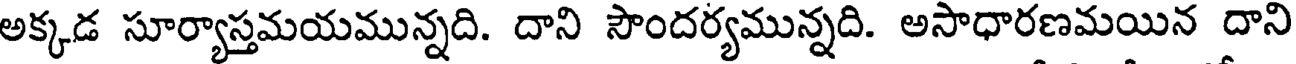
అక్కడ సూర్యాస్తమయమున్నది. దాని సౌందర్యమున్నది. అసాధారణమయిన దాని